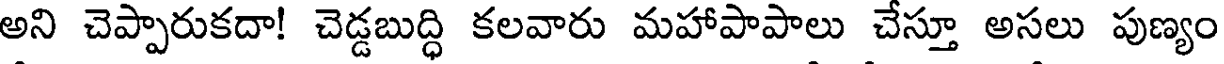
అని చెప్పారుకదా! చెడ్డబుద్ధి కలవారు మహాపాపాలు చేస్తూ అసలు పుణ్యం